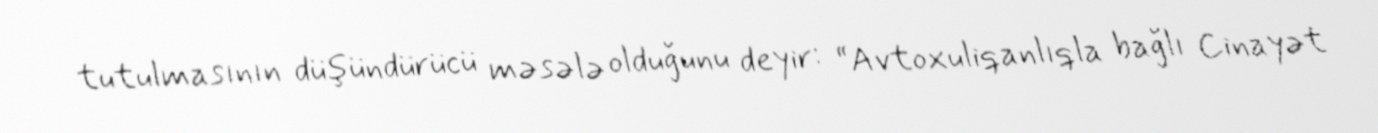
tutulmasının düşündürücü məsələ olduğunu deyir: “Avtoxuliqanlıqla bağlı Cinayət